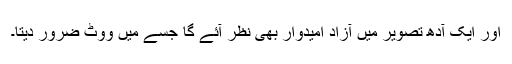
اور ایک آدھ تصویر میں آزاد امیدوار بھی نظر آئے گا جسے میں ووٹ ضرور دیتا۔